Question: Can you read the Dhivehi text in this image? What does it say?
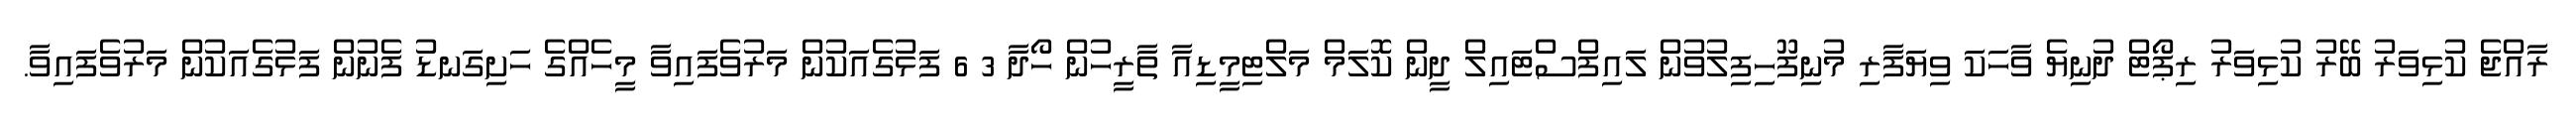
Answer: ރާއްޖެ ކުޅިވަރު ބޭރު ކުޅިވަރު ރިޕޯޓް ދުނިޔެ ވާހަކަ ވިޔަފާރި މުނިފޫހިފިލުވުން ލައިފްސްޓައިލް ދީން ކޮލަމް މަލްޓިމީޑިއާ ތާރީހުން ހޯދާ 3 6 ފަޅުގެއަކުން މަރުވެފައިވާ މީހެއްގެ ހަށިގަނޑު ފެނުން ފަޅުގެއަކުން މަރުވެފައިވާ.